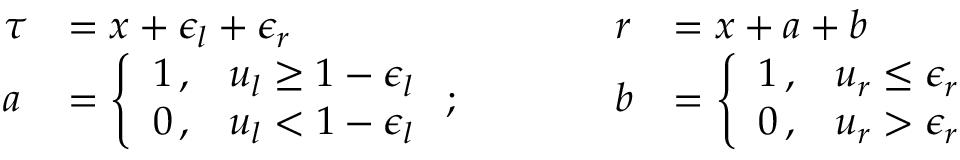
\begin{array} { l l l l } { \tau } & { = x + \epsilon _ { l } + \epsilon _ { r } } & { r } & { = x + a + b } \\ { a } & { = \left\{ \begin{array} { l l } { 1 \, , } & { u _ { l } \geq 1 - \epsilon _ { l } } \\ { 0 \, , } & { u _ { l } < 1 - \epsilon _ { l } } \end{array} \right. ; \quad \quad \quad } & { b } & { = \left\{ \begin{array} { l l } { 1 \, , } & { u _ { r } \leq \epsilon _ { r } } \\ { 0 \, , } & { u _ { r } > \epsilon _ { r } } \end{array} \right. } \end{array}